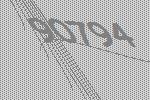
90794